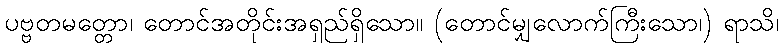
ပဗ္ဗတမတ္တော၊ တောင်အတိုင်းအရှည်ရှိသော။ (တောင်မျှလောက်ကြီးသော၊) ရာသိ၊